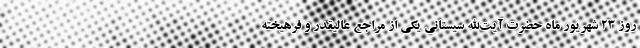
روز ۲۳ شهریور ماه حضرت آیت‌الله سیستانی یکی از مراجع عالیقدر و فرهیخته